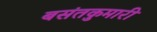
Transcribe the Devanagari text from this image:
बसंतकुमारी